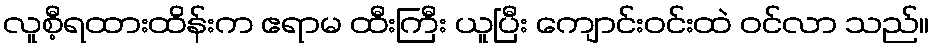
လူစီ့ရထားထိန်းက ဧရာမ ထီးကြီး ယူပြီး ကျောင်းဝင်းထဲ ဝင်လာ သည်။